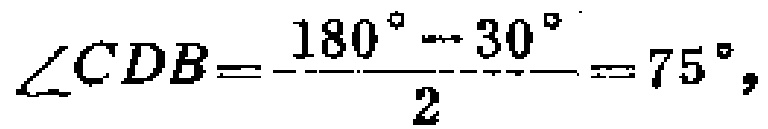
\(\angle CDB=\frac{180^{\circ}-30^{\circ}}{2}=75^{\circ},\)